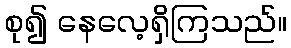
စု၍ နေလေ့ရှိကြသည်။